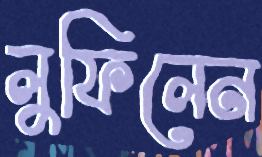
লুফিলেন